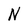
Character: N